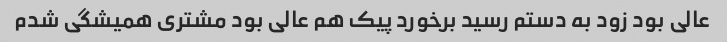
عالی بود زود به دستم رسید برخورد پیک هم عالی بود مشتری همیشگی شدم